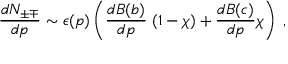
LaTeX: \frac { d N _ { \pm \mp } } { d p } \sim \epsilon ( p ) \left( \frac { d B ( b ) } { d p } \; ( 1 - \chi ) + \frac { d B ( c ) } { d p } \chi \right) \; ,